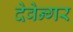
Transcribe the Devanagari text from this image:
देवेन्गर